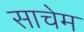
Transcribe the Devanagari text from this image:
साचेम